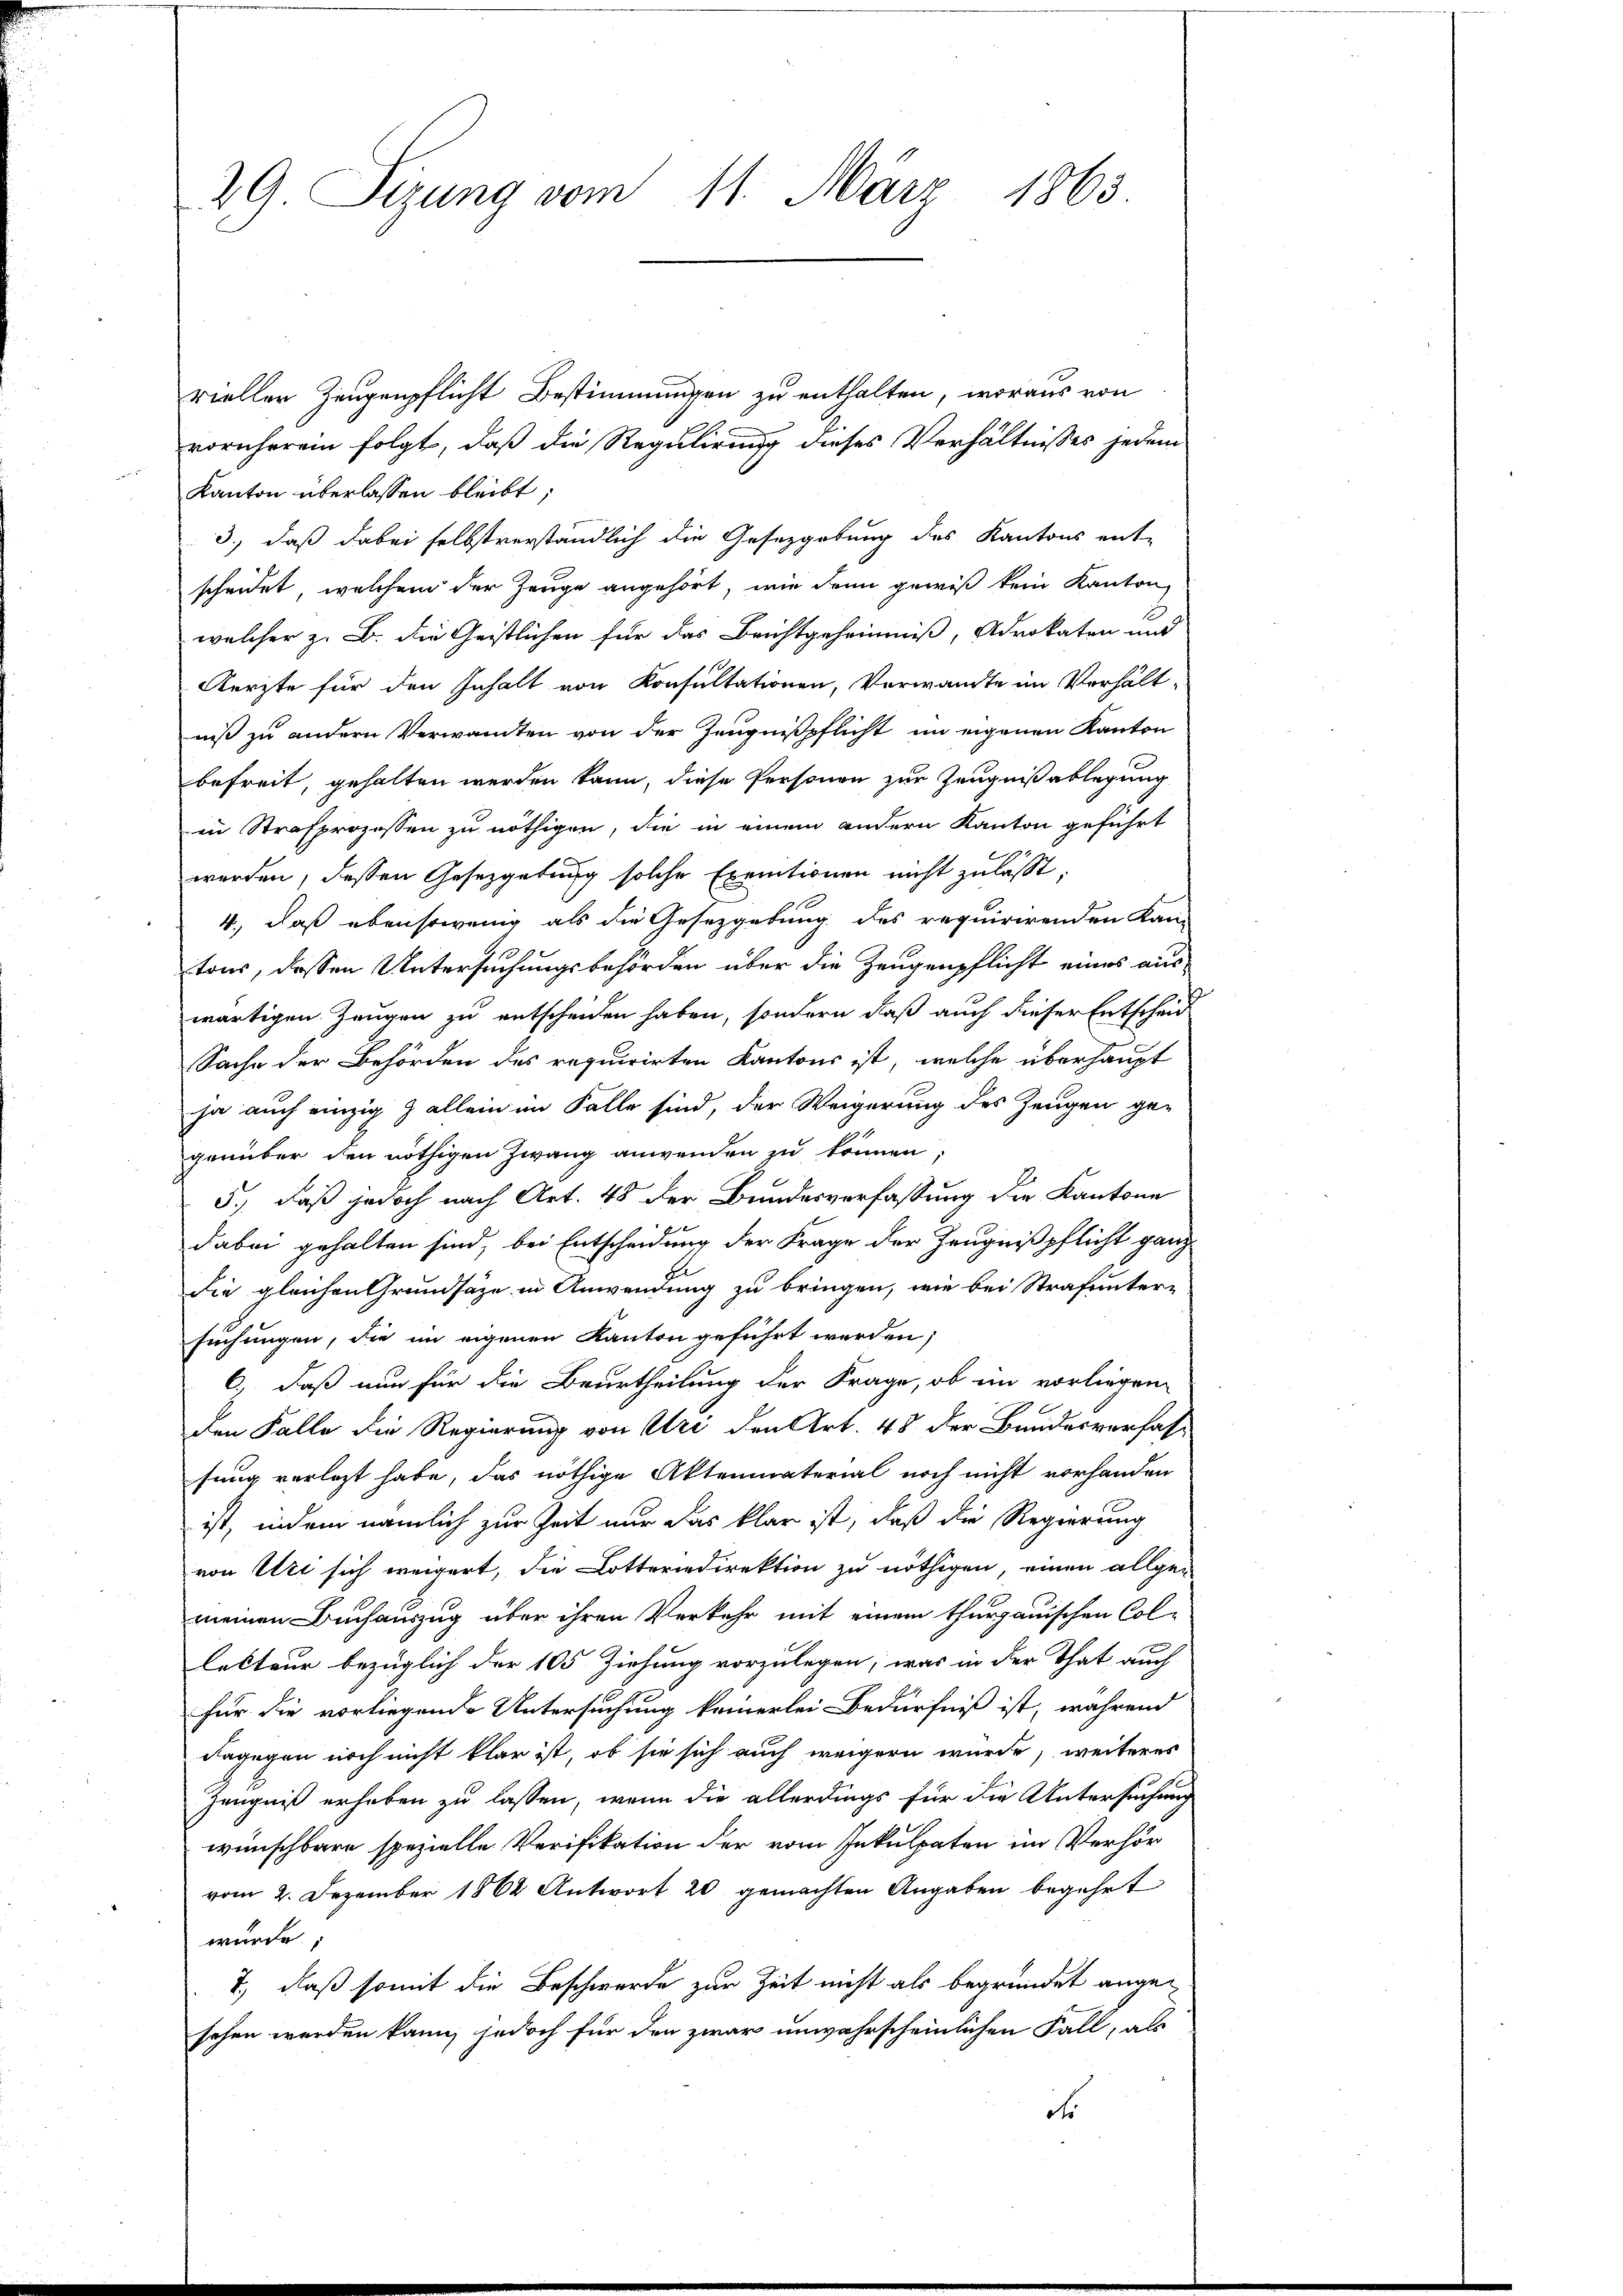
29 Sizung vom 11. März 1863.

rieller Zeugenpflicht Bestimmungen zu enthalten, woraus von
vornherein folgt, daß die Regulirung dieses Verhältnisses jedem
Kanton überlassen bleibt,
3., daß dabei selbstverständlich die Gesetzgebung des Kantons ent-
scheidet, welchem der Zeuge angehört, wie dann gewiß kein Kanton
welcher z. B. die Geistlichen für das Brichtgeheimnis, Advokaten und
Aerzte für den Inhalt von Konsultationen, Vorwandte im Verhältniß zu andern Verwandten von der Zeugnißpflicht im eigenen Kanton
befreit, gehalten werden kann, diese Personen zur Zeugnißablegung
in Strafprozessen zu nöthigen, die in einem andern Kanton geführt
werden, dessen Gesetzgebung solche Exemtionen nicht zulässt,
4., daß ebensowenig als die Gesetzgebung des requirirenden Kan-
tons, dessen Untersuchungsbehörden über die Zeugenpflicht eines aus-
wärtigen Zeugen zu entscheiden haben, sondern daß auch dieser Entscheid
Sache der Behörden des requirirten Kantons ist, welche überhaupt
ja auch einzig & allein im Falle sind, der Weigerung des Zeugen ge-
genüber den nöthigen Zwang anwenden zu können
5.), daß jedoch nach Art. 48 der Bundesverfassung die Kantone
dabei gehalten sind, bei Entscheidung der Frage der Zeugnißpflicht ganz
die gleichen Grundsätze in Anwendung zu bringen, wie bei Strafunter-
suchungen, die im eigenen Kanton geführt werden,
C) daß nun für die Beurtheilung der Frage, ob im vorliegen
den Falle die Regierung von Uri den Art. 45 der Bundesverfassung verlegt habe, das nöthige Aktenmaterial noch nicht vorhanden
ist, indem nämlich zur Zeit nur das klar ist, daß die Regierung
von Uri sich weigert, die Lotteriedirektion zu nöthigen einen allge-
meinen Buchauszug über ihren Verkehr mit einem thurgauischen Colletteur bezüglich der 105 Ziehung vorzulegen, was in der That auch
für die vorliegende Untersuchung keinerlei Bedürfniß ist, während
dagegen noch nicht klar ist, ob sie sich auch weigern wurde, weiteres
Zeugniß erhoben zu lassen, wenn die allerdings für die Untersuchung
wünschbare spezielle Verifikation der vom Inkulpaten im Verhör
vom 2. Dezember 1862 Antwort 20 gemachten Angaben begehrt
wurde;
7., daß somit die Beschwerde zur Zeit nicht als begründet angesehen werden kann, jedoch für den zwar unwahrscheinlichen Fall, als
dr